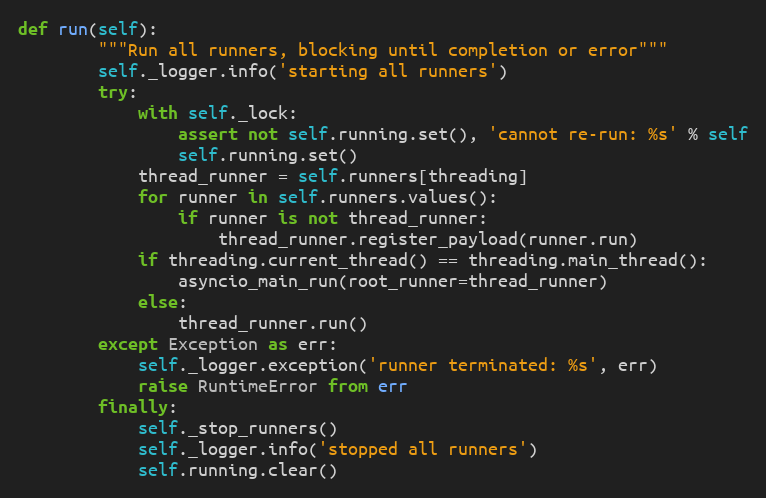
Language: Python
def run(self):
        """Run all runners, blocking until completion or error"""
        self._logger.info('starting all runners')
        try:
            with self._lock:
                assert not self.running.set(), 'cannot re-run: %s' % self
                self.running.set()
            thread_runner = self.runners[threading]
            for runner in self.runners.values():
                if runner is not thread_runner:
                    thread_runner.register_payload(runner.run)
            if threading.current_thread() == threading.main_thread():
                asyncio_main_run(root_runner=thread_runner)
            else:
                thread_runner.run()
        except Exception as err:
            self._logger.exception('runner terminated: %s', err)
            raise RuntimeError from err
        finally:
            self._stop_runners()
            self._logger.info('stopped all runners')
            self.running.clear()